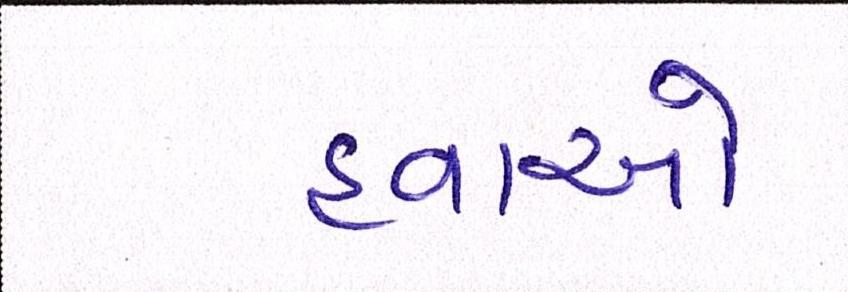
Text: હવાઓ